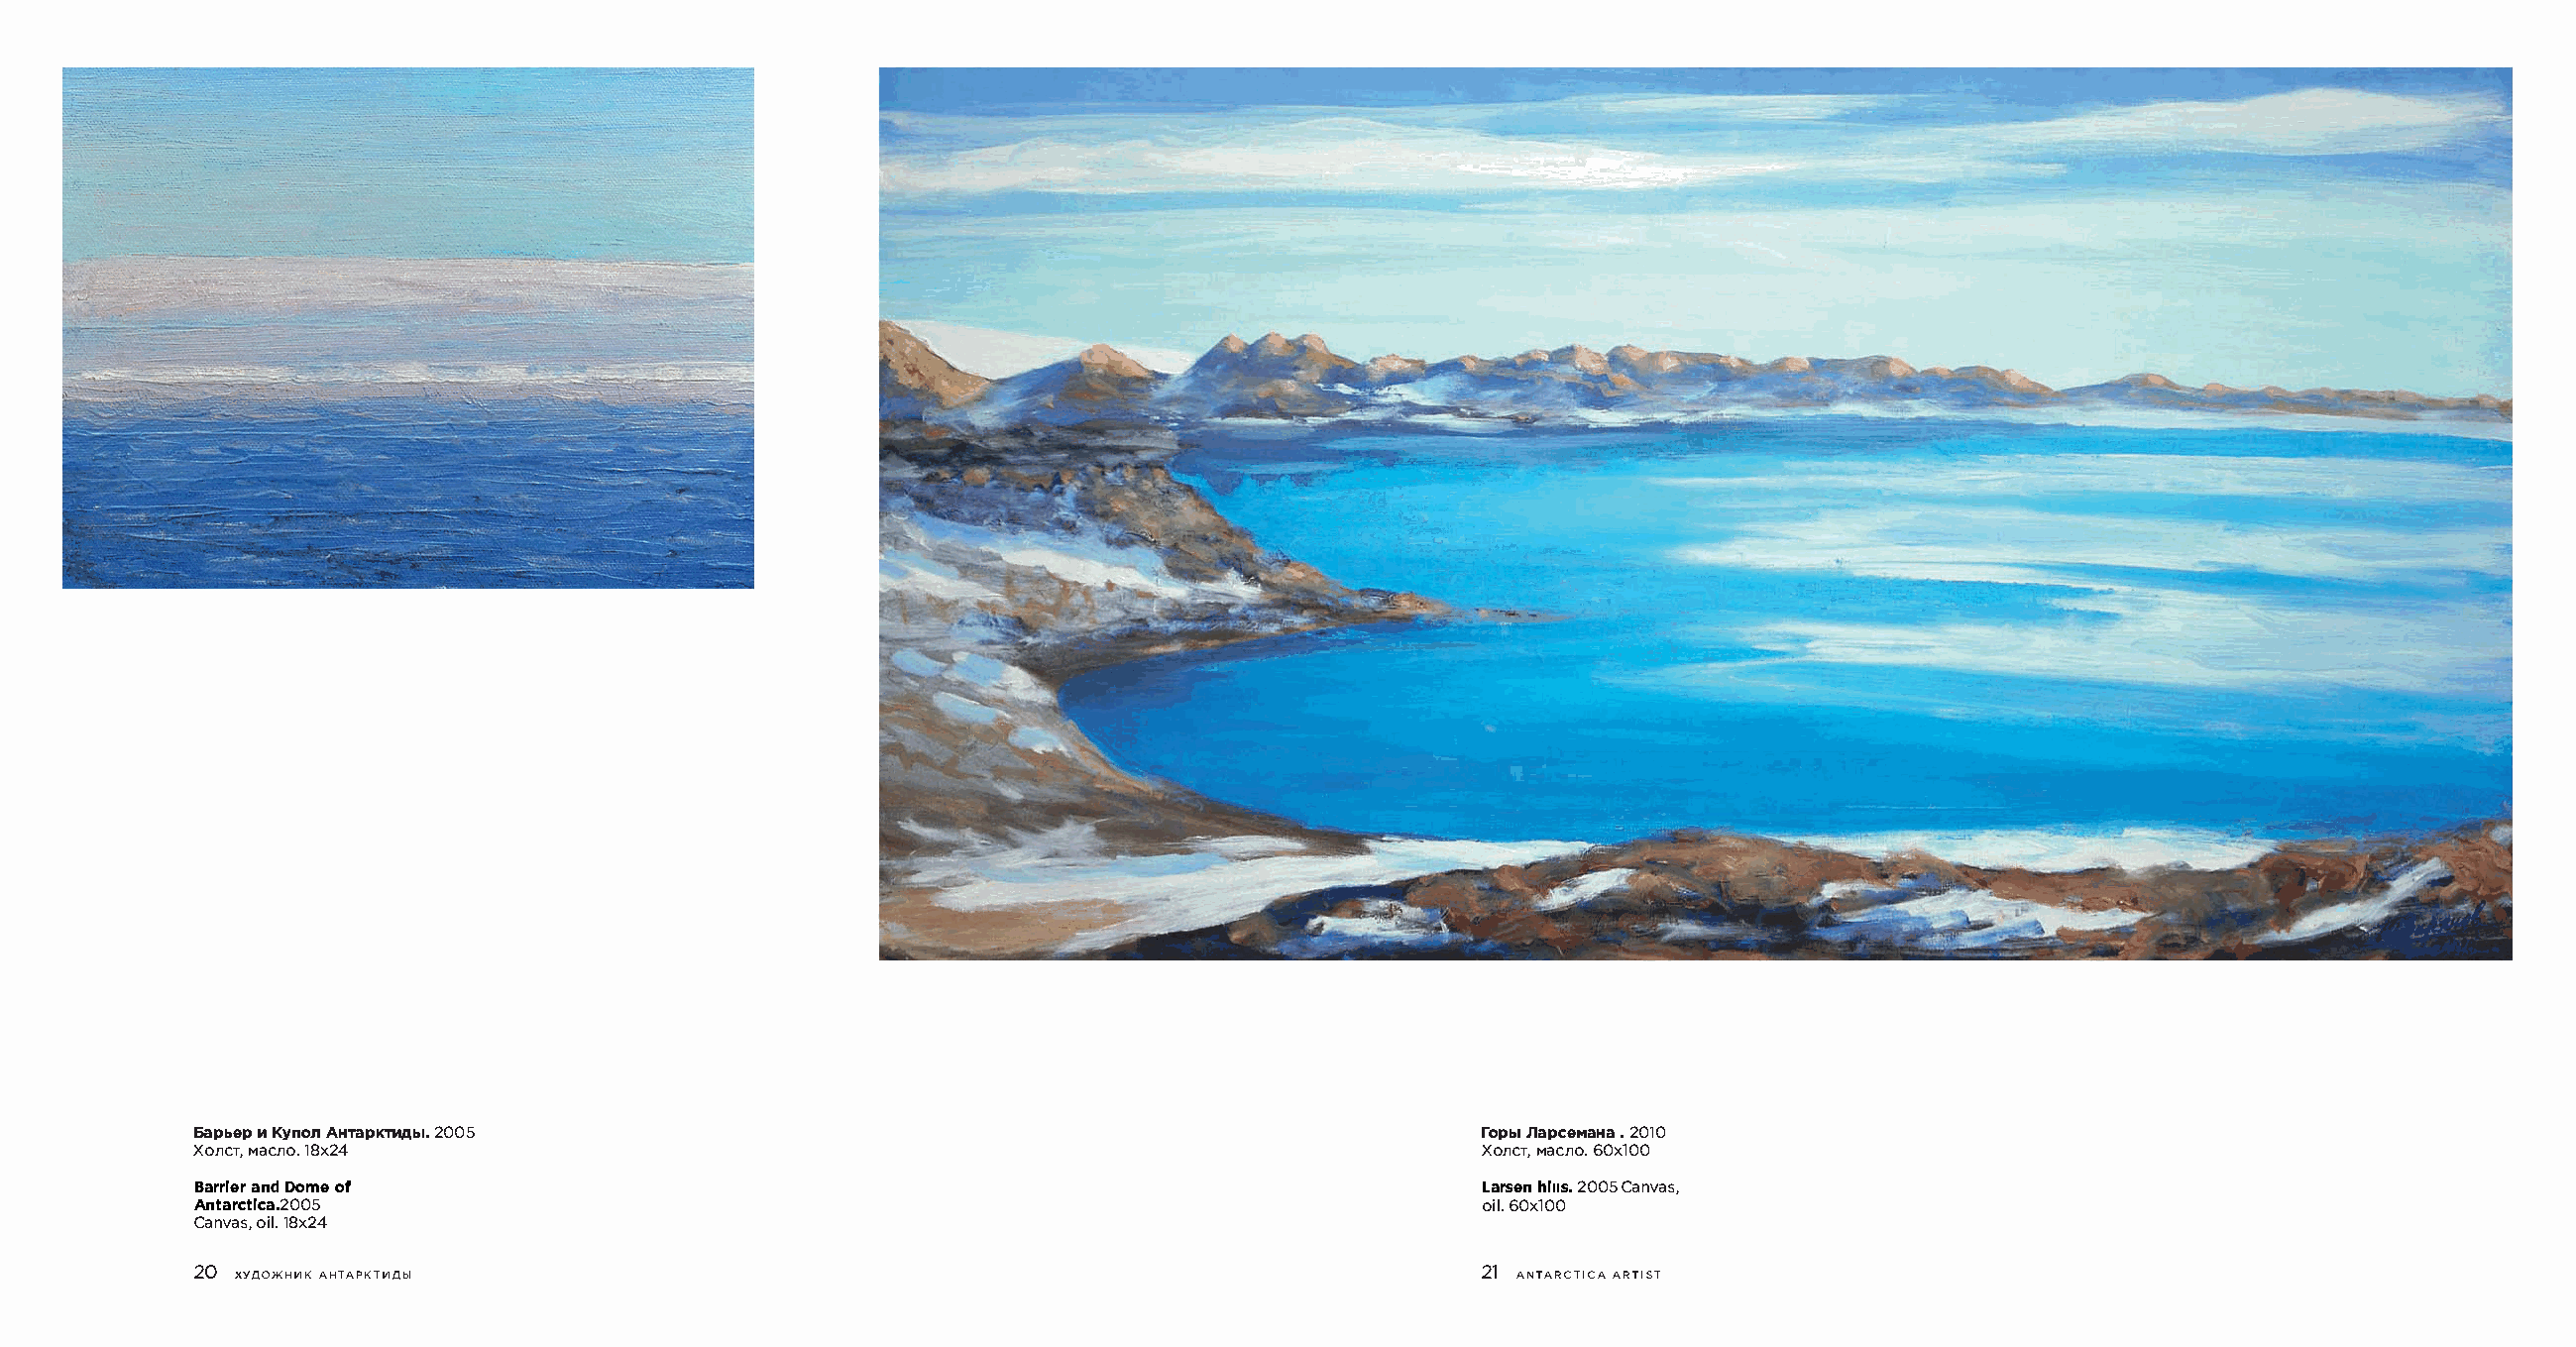
6apbeMp K ynoAnH TapKT2MA0b0l5.                                                       ropbn1a pceMa.2H 0a1 0
 XoneMTa,e n1o8.x 24                                                                   XonCTM,a en6o0.lx0 0
 BarriaenrdD o me of                                                                   Larsen h20i0l5l s.C anvas,
 Antarctica.2005                                                                       oi6l0.lx 00
 Canvoais18l,x. 24
 20 XYAO>KHHK AHTAPKTHAbl                                                              21A NT ARC TI C A AR TI S T